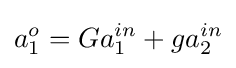
a_{1}^{o}=Ga_{1}^{in}+ga_{2}^{in}